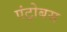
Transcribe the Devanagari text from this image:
एंट्रोबस